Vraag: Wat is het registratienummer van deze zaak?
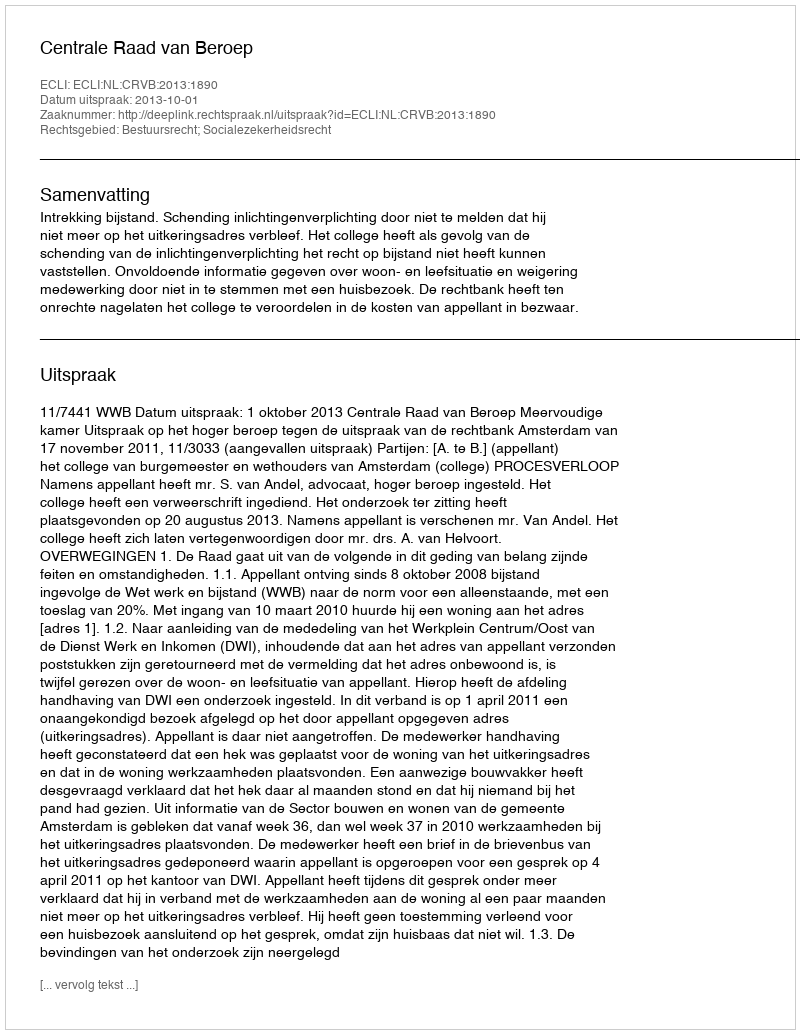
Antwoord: http://deeplink.rechtspraak.nl/uitspraak?id=ECLI:NL:CRVB:2013:1890